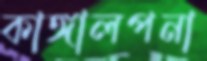
কাঙ্গালপনা